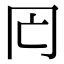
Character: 𠕃